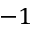
- 1